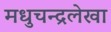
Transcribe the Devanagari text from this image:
मधुचन्द्रलेखा